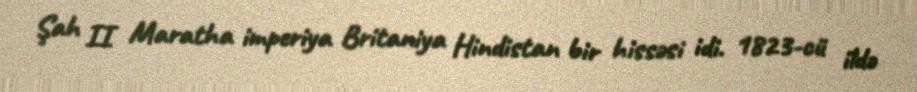
Şah II Maratha imperiya Britaniya Hindistan bir hissəsi idi. 1823-cü ildə